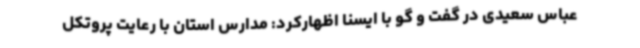
عباس سعیدی در گفت و گو با ایسنا اظهارکرد: مدارس استان با رعایت پروتکل